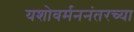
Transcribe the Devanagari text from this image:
यशोवर्मननंतरच्या